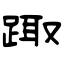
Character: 踙